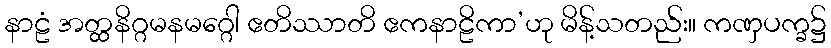
နာဠံ အတ္ထနိဂ္ဂမနမဂ္ဂေါ ဧတိဿာတိ ဧကနာဠိကာ’ဟု မိန့်သတည်း။ ကဏှပက္ခ၌